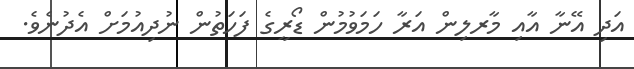
އަދި އޭނާ އާއި މާރލިން އަރާ ހަމަވުމުން ޑޯރީގެ ފަހަތުން ނުދިއުމަށް އެދުނެވެ.